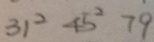
3 2 ^ { 2 } 4 5 ^ { 2 } 7 9